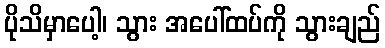
ပိုသိမှာပေါ့၊ သွား အပေါ်ထပ်ကို သွားချည်